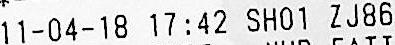
11-04-18 17:42 SH01 ZJ86